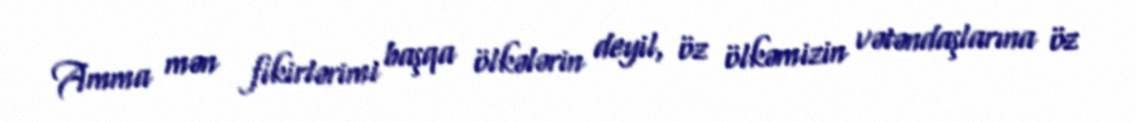
Amma mən fikirlərimi başqa ölkələrin deyil, öz ölkəmizin vətəndaşlarına öz